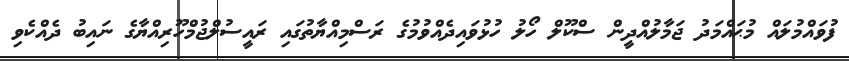
ފުވައްމުލައް މުޙައްމަދު ޖަމާލުއްދީން ސްކޫލް ހޯލު ހުޅުވައިދެއްވުމުގެ ރަސްމިއްޔާތުގައި ރައީސުލްޖުމްހޫރިއްޔާގެ ނައިބު ދެއްކެވި